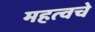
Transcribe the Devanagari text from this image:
महत्वचे